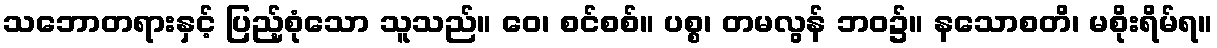
သဘောတရားနှင့် ပြည့်စုံသော သူသည်။ ဝေ၊ စင်စစ်။ ပစ္စ၊ တမလွန် ဘဝ၌။ နသောစတိ၊ မစိုးရိမ်ရ။